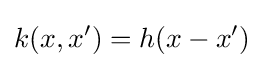
k(x,x')=h(x-x')